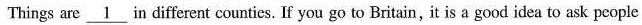
Things are \underline{1} in different counties. If you go to Britain, it is a good idea to ask people